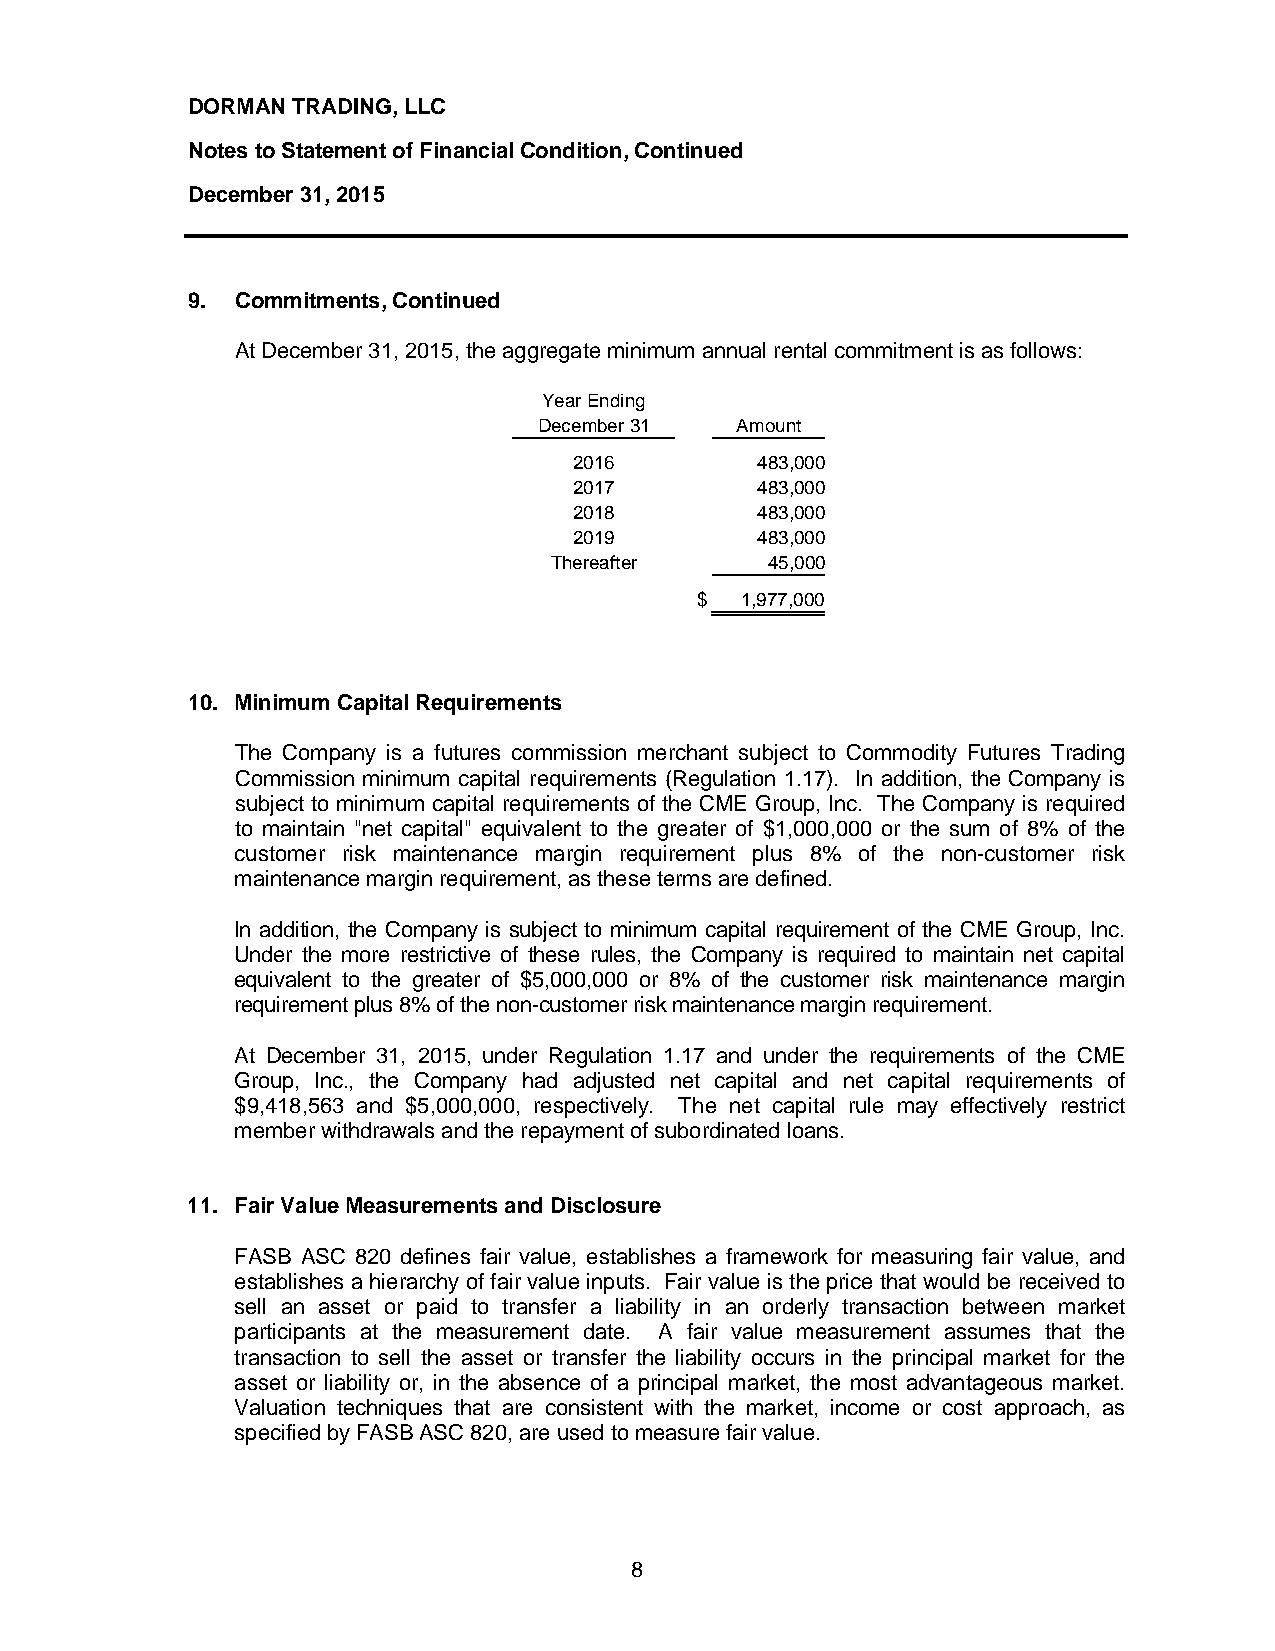
DORMAN TRADING, LLC
 Notes to Statement of Financial Condition, Continued
 December 31, 2015
 9.  Commitments, Continued
 At December 31, 2015, the aggregate minimum annual rental commitment is as follows:
 Year Ending
 December 31  Amount
 2016        483,000
 2017        483,000
 2018        483,000
 2019        483,000
 Thereafter     45,000
 $  1,977,000
 10. Minimum Capital Requirements
 The Company is a futures commission merchant subject to Commodity Futures Trading
 Commission minimum capital requirements (Regulation 1.17). In addition, the Company is
 subject to minimum capital requirements of the CME Group, Inc. The Company is required
 to maintain "net capital" equivalent to the greater of $1,000,000 or the sum of 8% of the
 customer risk maintenance margin requirement plus 8% of the non-customer risk
 maintenance margin requirement, as these terms are defined.
 In addition, the Company is subject to minimum capital requirement of the CME Group, Inc.
 Under the more restrictive of these rules, the Company is required to maintain net capital
 equivalent to the greater of $5,000,000 or 8% of the customer risk maintenance margin
 requirement plus 8% of the non-customer risk maintenance margin requirement.
 At December 31, 2015, under Regulation 1.17 and under the requirements of the CME
 Group, Inc., the Company had adjusted net capital and net capital requirements of
 $9,418,563 and $5,000,000, respectively. The net capital rule may effectively restrict
 member withdrawals and the repayment of subordinated loans.
 11. Fair Value Measurements and Disclosure
 FASB ASC 820 defines fair value, establishes a framework for measuring fair value, and
 establishes a hierarchy of fair value inputs. Fair value is the price that would be received to
 sell an asset or paid to transfer a liability in an orderly transaction between market
 participants at the measurement date. A fair value measurement assumes that the
 transaction to sell the asset or transfer the liability occurs in the principal market for the
 asset or liability or, in the absence of a principal market, the most advantageous market.
 Valuation techniques that are consistent with the market, income or cost approach, as
 specified by FASB ASC 820, are used to measure fair value.
 8